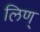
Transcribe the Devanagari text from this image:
लिण्